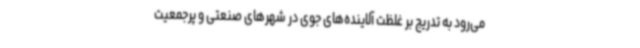
می‌رود به تدریج بر غلظت آلاینده‌های جوی در شهرهای صنعتی و پرجمعیت